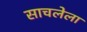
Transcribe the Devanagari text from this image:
साचलेला